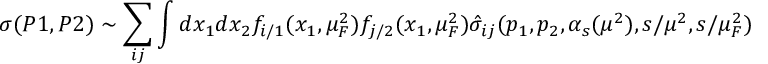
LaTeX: \sigma ( P 1 , P 2 ) \sim \sum _ { i j } \int d x _ { 1 } d x _ { 2 } f _ { i / 1 } ( x _ { 1 } , \mu _ { F } ^ { 2 } ) f _ { j / 2 } ( x _ { 1 } , \mu _ { F } ^ { 2 } ) \hat { \sigma } _ { i j } ( p _ { 1 } , p _ { 2 } , \alpha _ { s } ( \mu ^ { 2 } ) , s / \mu ^ { 2 } , s / \mu _ { F } ^ { 2 } )